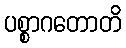
ပစ္စာဂတောတိ